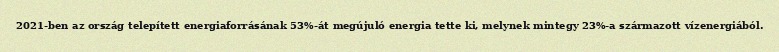
2021-ben az ország telepített energiaforrásának 53%-át megújuló energia tette ki, melynek mintegy 23%-a származott vízenergiából.